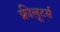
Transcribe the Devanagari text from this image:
फ्रीलूटर्स